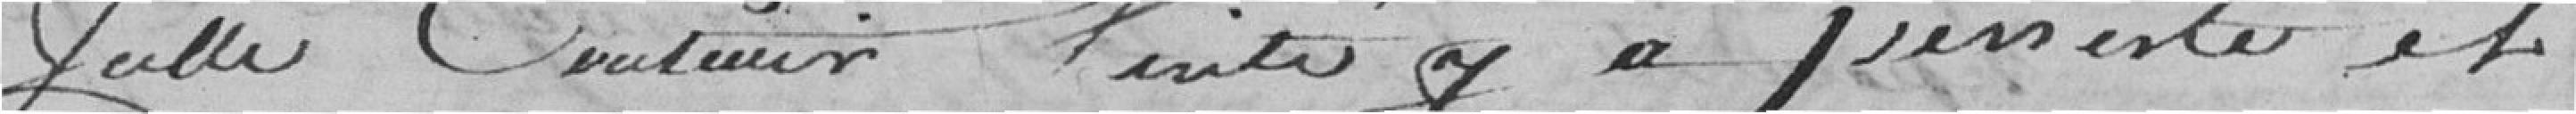
juste contenir vérité y a persisté et